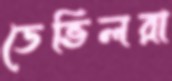
ডেভিলরা